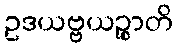
ဥဒယဗ္ဗယဉ္စာတိ